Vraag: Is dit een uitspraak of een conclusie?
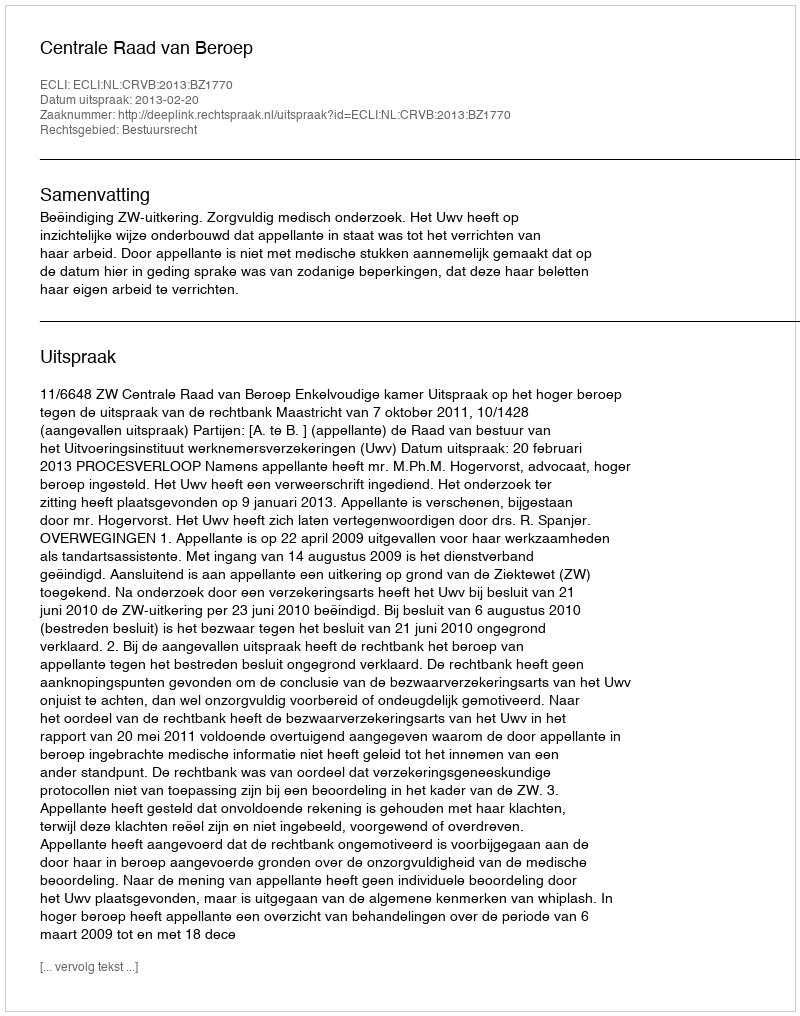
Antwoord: Uitspraak